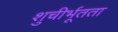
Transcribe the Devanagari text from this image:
शुचीर्भूतता